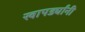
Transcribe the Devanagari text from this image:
खापर्ड्यांनी